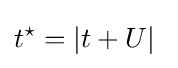
t^{\star }=|t+U|\